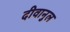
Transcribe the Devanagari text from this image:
दीवानुल